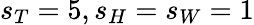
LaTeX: s_{T}=5,s_{H}=s_{W}=1